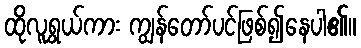
ထိုလူရွယ်ကား ကျွန်တော်ပင်ဖြစ်၍နေပါ၏။